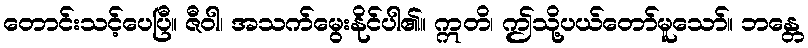
တောင်းသင့်ပေပြီ။ ဇီဝါ၊ အသက်မွေးနိုင်ပါ၏။ ဣတိ၊ ဤသို့ပယ်တော်မူသော်။ ဘန္တေ